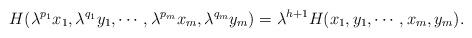
LaTeX: \begin{align*}H(\lambda ^{p_1}x_1, \lambda ^{q_1}y_1,\cdots ,\lambda ^{p_m}x_m, \lambda ^{q_m}y_m) =\lambda ^{h+1} H(x_1,y_1,\cdots ,x_m,y_m).\end{align*}